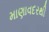
માણાવદરથી